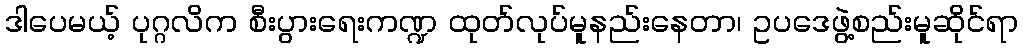
ဒါပေမယ့် ပုဂ္ဂလိက စီးပွားရေးကဏ္ဍ ထုတ်လုပ်မူနည်းနေတာ၊ ဥပဒေဖွဲ့စည်းမူဆိုင်ရာ